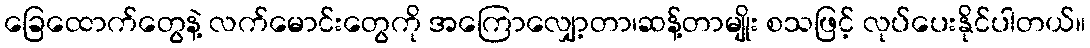
ခြေထောက်တွေနဲ့ လက်မောင်းတွေကို အကြောလျှော့တာ၊ဆန့်တာမျိုး စသဖြင့် လုပ်ပေးနိုင်ပါတယ်။